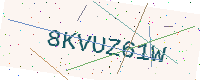
Text: 8KVUZ61W